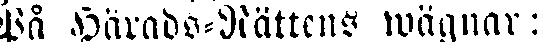
På Härads-Rättens wägnar: